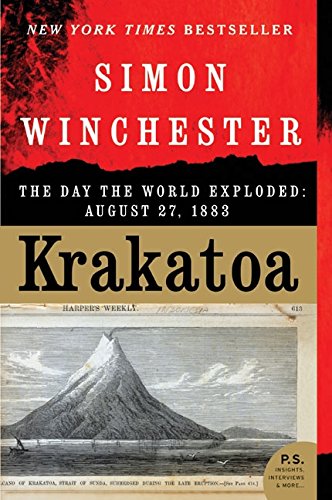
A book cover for Krakatoa: The Day the World Exploded: August 27, 1883; Simon Winchester; Science & Math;